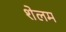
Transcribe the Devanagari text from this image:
शेलम